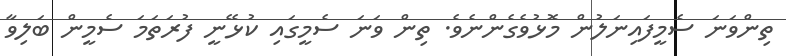
ތިންވަނަ ސެމީފައިނަލުން މޮޅުވެގެންނެވެ. ތިން ވަނަ ސެމީގައި ކުޅޭނީ ފުރަތަމަ ސެމީން ބަލިވާ